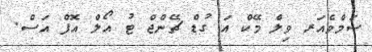
ސަމްވެއަރ ވިލް މޭކް އަ ގުޑް ޗޭންޖް ޓު އޯލް އޮފް އަސް.